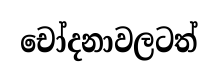
චෝදනාවලටත්